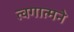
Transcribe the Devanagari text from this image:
त्वगात्मने